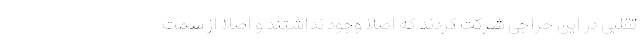
تقلبی در این حراجی شرکت کردند که اصلا وجود نداشتند و اصلا از سمت